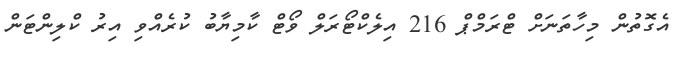
އެގޮތުން މިހާތަނަށް ޓްރަމްޕް 216 އިލެކްޓޯރަލް ވޯޓް ކާމިޔާބު ކުރެއްވި އިރު ކްލިންޓަން